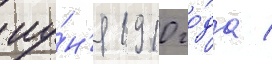
иу́н'я 1910 го́да /